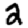
Digit: 2